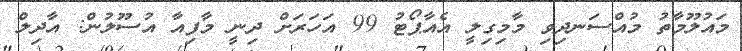
މައުލޫމާތު މުއްސަނދިވި މާމިގިލީ އެއާޕޯޓު 99 އަހަރަށް ދިނީ މާފިއާ އުސޫލުން: އާދިލް